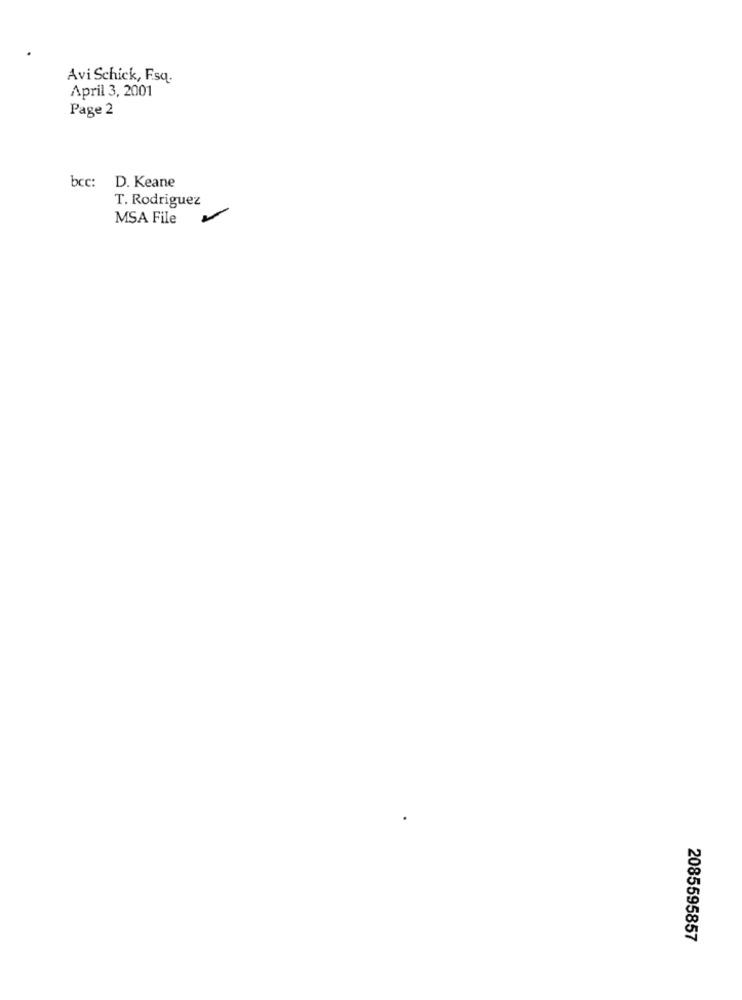
Avi Schick, Fsq.
April 3, 2001
Page 2
bcc: D. Keane
T. Rodriguez
MSA File
2085595857